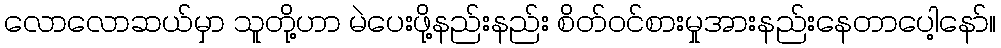
လောလောဆယ်မှာ သူတို့ဟာ မဲပေးဖို့နည်းနည်း စိတ်ဝင်စားမှုအားနည်းနေတာပေါ့နော်။